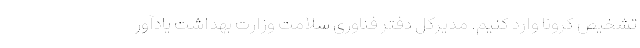
تشخیص کرونا وارد کنیم. مدیرکل دفتر فناوری سلامت وزارت بهداشت یادآور